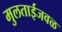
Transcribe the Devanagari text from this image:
मुलताईजवळ